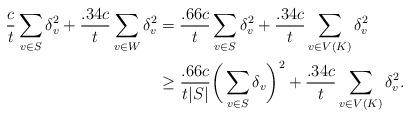
LaTeX: \begin{align*}\frac{c}{t}\sum_{v\in S} \delta_v^2 + \frac{.34c}{t}\sum_{v\in W} \delta_v^2 &= \frac{.66c}{t} \sum_{v\in S}\delta_v^2 + \frac{.34c}{t}\sum_{v\in V(K)} \delta_v^2 \\&\geq \frac{.66c}{t|S|}\bigg(\sum_{v\in S}\delta_v \bigg)^2 + \frac{.34c}{t}\sum_{v\in V(K)}\delta_v^2.\end{align*}